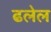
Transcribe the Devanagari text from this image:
ढलेल